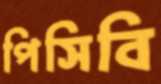
পিসিবি